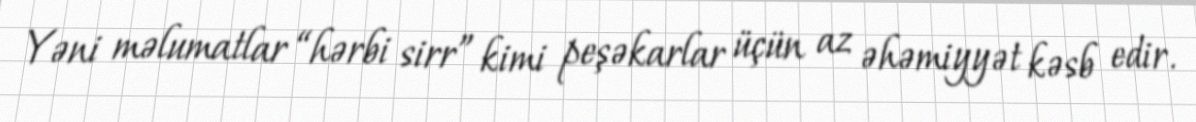
Yəni məlumatlar “hərbi sirr” kimi peşəkarlar üçün az əhəmiyyət kəsb edir.